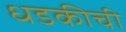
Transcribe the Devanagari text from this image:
धडकीची